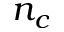
n _ { c }